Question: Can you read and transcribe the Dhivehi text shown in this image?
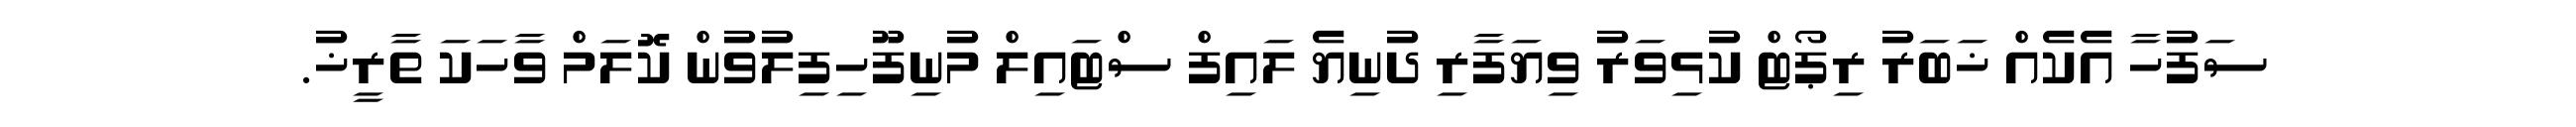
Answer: ސަފުހާ އެކެއް ޚަބަރު ރިޕޯޓް ކުޅިވަރު ވިޔަފާރި ދުނިޔެ ލައިފް ސްޓައިލް މުނިފޫހިފިލުވުން ކޮލަމް ވާހަކަ ތާރީޚު.